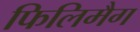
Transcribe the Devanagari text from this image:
फिलिमैग